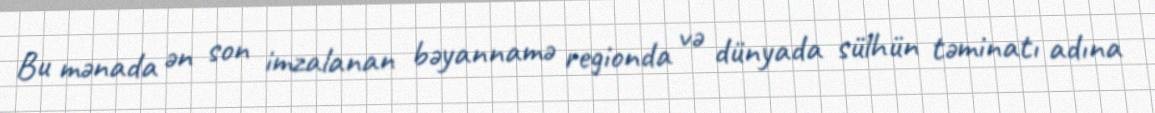
Bu mənada ən son imzalanan bəyannamə regionda və dünyada sülhün təminatı adına